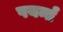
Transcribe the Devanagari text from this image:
पयर्न्तं